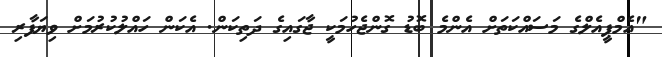
"އެމްޕީއެލްގެ މަސައްކަތަށް އެންމެ ބޮޑު ގޮންޖެހުމަކީ ޖާގައިގެ ދަތިކަން. އެކަން ހައްލުކުރުމަށް ވިޔަފާރި